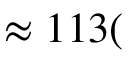
\approx 1 1 3 ( \